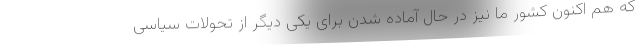
که هم اکنون کشور ما نیز در حال آماده شدن برای یکی دیگر از تحولات سیاسی